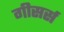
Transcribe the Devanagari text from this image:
गीसर्स